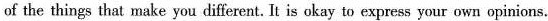
of the things that make you different. It is okay to express your own opinions.